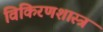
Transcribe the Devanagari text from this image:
विकिरणशास्त्र